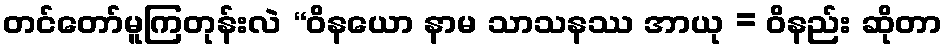
တင်တော်မူကြတုန်းလဲ “ဝိနယော နာမ သာသနဿ အာယု = ဝိနည်း ဆိုတာ